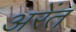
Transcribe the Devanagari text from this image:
अरेंत